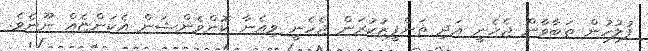
ފުލުހުން ތަބާވާން ޖެހެނީ އަދި ތަންފީޒުކުރަން ޖެހެނީ ވިއެނާ ކޮންވެންޝަން އެކަންޏެއް ނޫނެވެ.